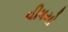
વીષયો